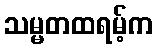
သမ္မတထရမ့်က